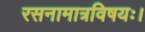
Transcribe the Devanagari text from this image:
रसनामात्रविषयः।